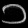
Digit: ၁